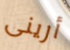
أرينى